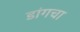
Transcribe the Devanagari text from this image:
डांगचा